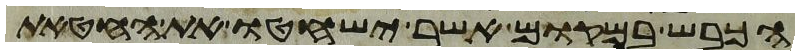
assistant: הכבש במקום אשר ישחטו את החטאת